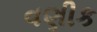
વણીક